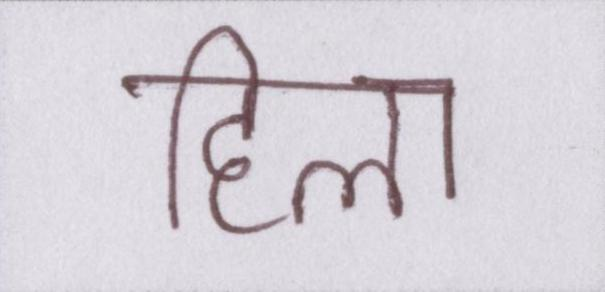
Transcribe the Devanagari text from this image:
हिला